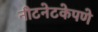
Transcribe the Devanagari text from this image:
नीटनेटकेपणे